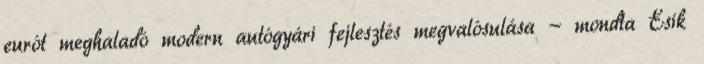
eurót meghaladó modern autógyári fejlesztés megvalósulása - mondta Ésik